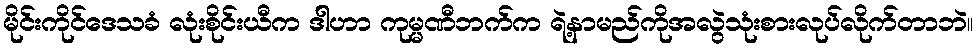
မိုင်းကိုင်ဒေသခံ လုံးစိုင်းယီက ဒါဟာ ကုမ္မဏီဘက်က ရဲ့နာမည်ကိုအလွဲသုံးစားလုပ်လိုက်တာဘဲ။